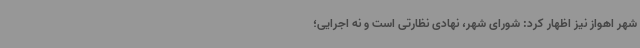
شهر اهواز نیز اظهار کرد: شورای شهر، نهادی نظارتی است و نه اجرایی؛